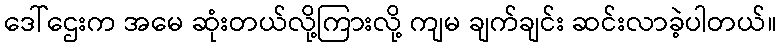
ဒေါ်ဌေးက အမေ ဆုံးတယ်လို့ကြားလို့ ကျမ ချက်ချင်း ဆင်းလာခဲ့ပါတယ်။